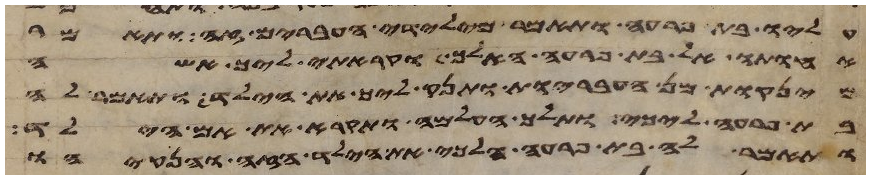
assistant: עליו בת פרעה ותאמר מילדי העברים זה ותאמר
אחותו אל בת פרעה האלך וקראתי ליך אשה
מינקות מן העבריות ותינק ליך את הילד ותאמר לה
בת פרעה לכי ותלך העלמה ותקרא את אם הילד
ותאמר לה בת פרעה הלכי את הילד הזה והנקהו